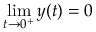
\operatorname* { l i m } _ { t \rightarrow 0 ^ { + } } y ( t ) = 0